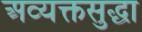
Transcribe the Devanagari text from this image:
अव्यक्तसुद्धा